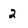
Character: 2